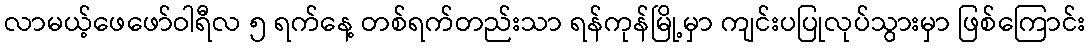
လာမယ့်ဖေဖော်ဝါရီလ ၅ ရက်နေ့ တစ်ရက်တည်းသာ ရန်ကုန်မြို့မှာ ကျင်းပပြုလုပ်သွားမှာ ဖြစ်ကြောင်း